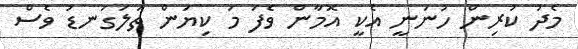
މެދު ކުރިން ހުނަނީ އެކީ އޮމާން ވެފަ މަ ކިޔަން ތަލަގަނޑު ވެސް